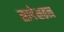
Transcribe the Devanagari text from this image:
सापेक्षतत्व